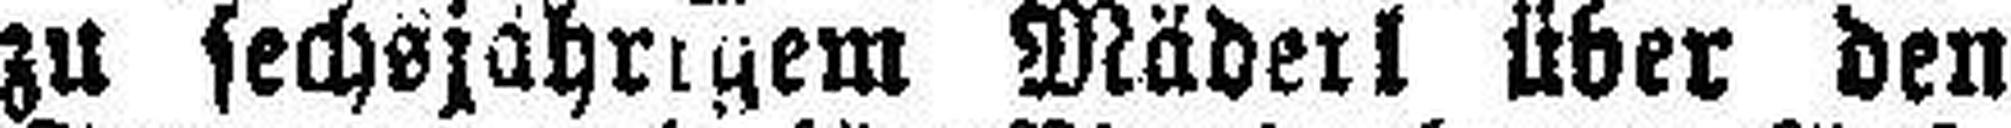
zu sechsjährigem Mäderl über den